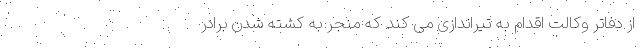
از دفاتر وکالت اقدام به تیراندازی می کند که منجر به کشته شدن برادر